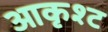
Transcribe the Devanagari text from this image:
आकृश्ट